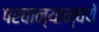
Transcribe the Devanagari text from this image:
परवान्यान्वये